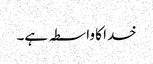
خدا کا واسطہ ہے۔